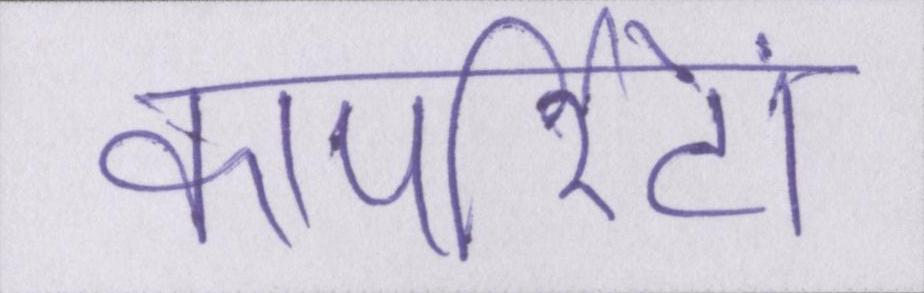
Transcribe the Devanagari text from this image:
कार्पोरेटों